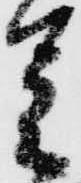
足